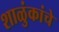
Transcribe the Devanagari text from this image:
शाळुंकांचे